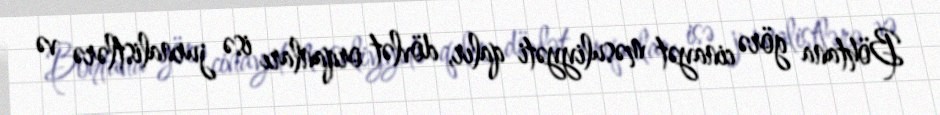
Böhtana görə cinayət məsuliyyəti qalır, dövlət orqanları isə jurnalistlərə və